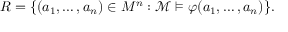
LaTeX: R = \{ ( a _ { 1 } , \ldots , a _ { n } ) \in M ^ { n } : { \mathcal { M } } \vDash \varphi ( a _ { 1 } , \ldots , a _ { n } ) \} .